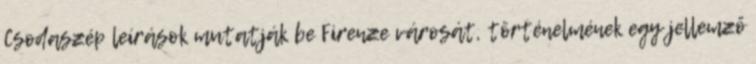
Csodaszép leírások mutatják be Firenze városát, történelmének egy jellemző